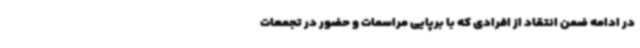
در ادامه ضمن انتقاد از افرادی که با برپایی مراسمات و حضور در تجمعات